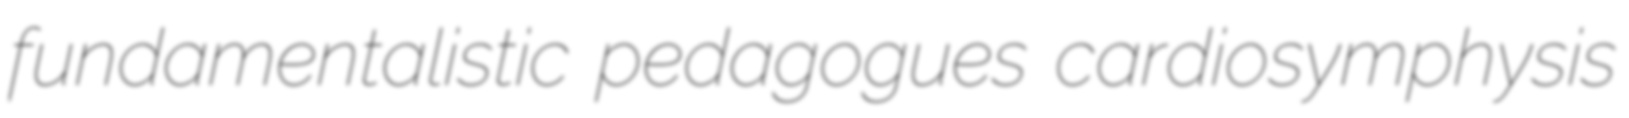
fundamentalistic pedagogues cardiosymphysis